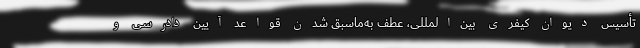
تأسیس دیوان کیفری بین‌المللی، عطف به‌ماسبق شدن قواعد آیین دادرسی و